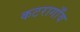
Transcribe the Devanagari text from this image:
कटरागाँव